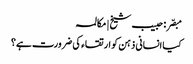
مبصّر: حبیب شیخ | مکالمہ
کیا انسانی ذہن کو ارتقاء کی ضرورت ہے؟